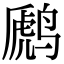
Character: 䴘